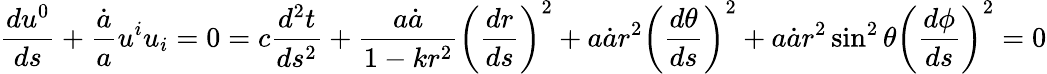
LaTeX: \frac{du^{0}}{ds}+\frac{\dot{a}}{a}u^{i}u_{i}=0=c\frac{d^{2}t}{ds^{2}}+\frac{a\dot{a}}{1-kr^{2}}\left(\frac{dr}{ds}\right)^{2}+a\dot{a}r^{2}\left(\frac{d\theta}{ds}\right)^{2}+a\dot{a}r^{2}\sin^{2}\theta\left(\frac{d\phi}{ds}\right)^{2}=0